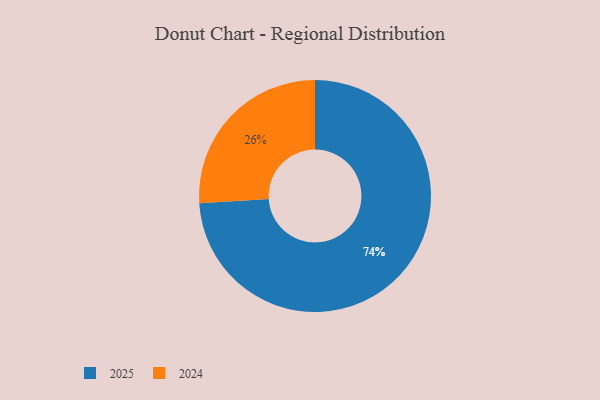
{"axis": {"x": "Category", "y": "Percentage"}, "legend": ["2024", "2025"], "data": [{"x": "2024", "y": 26, "type": "2024"}, {"x": "2025", "y": 74, "type": "2025"}]}